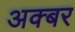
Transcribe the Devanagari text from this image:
अक्बर